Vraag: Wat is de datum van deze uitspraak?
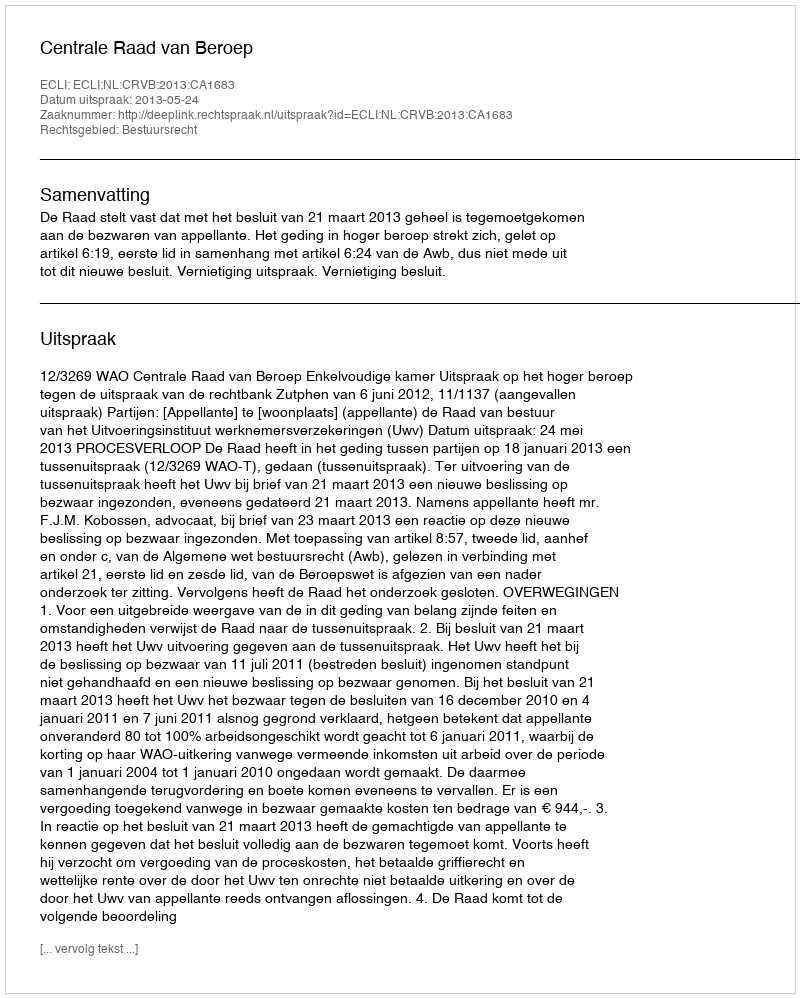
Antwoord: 2013-05-24